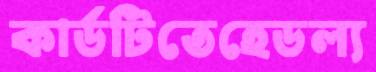
কার্ডটিতেহেডল্য